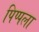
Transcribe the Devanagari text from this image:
पिप्पला